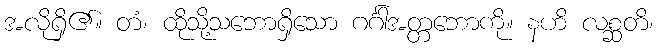
အလိုရှိ၏။ တံ၊ ထိုသို့သဘောရှိသော ဂင်္ဂါအတ္တဘောကို။ နဟိ လစ္ဆတိ၊